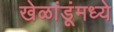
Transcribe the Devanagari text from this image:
खेळांडूंमध्ये